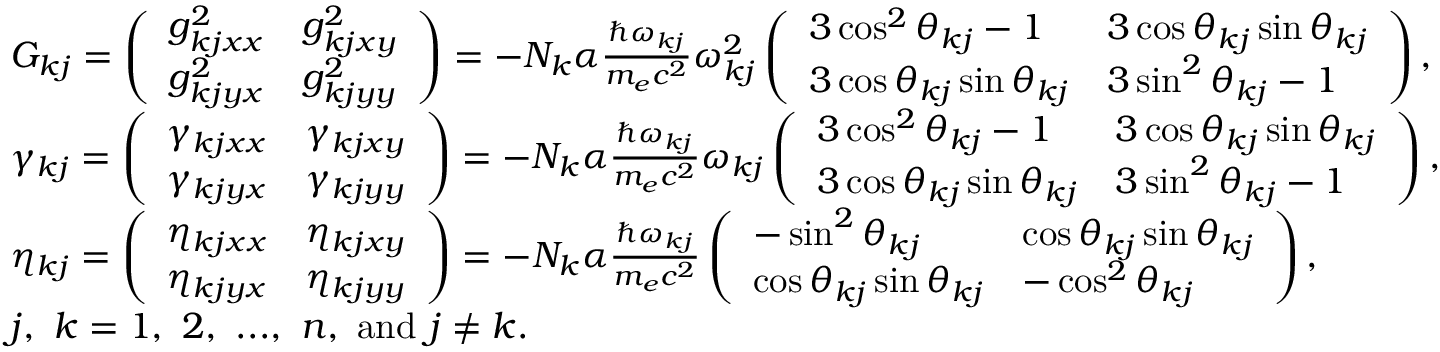
\centering \begin{array} { r l } & { G _ { k j } = \left( \begin{array} { l l } { g _ { k j x x } ^ { 2 } } & { g _ { k j x y } ^ { 2 } } \\ { g _ { k j y x } ^ { 2 } } & { g _ { k j y y } ^ { 2 } } \end{array} \right) = - N _ { k } \alpha \frac { \hbar \omega _ { k j } } { m _ { e } c ^ { 2 } } \omega _ { k j } ^ { 2 } \left( \begin{array} { l l } { 3 \cos ^ { 2 } \theta _ { k j } - 1 } & { 3 \cos \theta _ { k j } \sin \theta _ { k j } } \\ { 3 \cos \theta _ { k j } \sin \theta _ { k j } } & { 3 \sin ^ { 2 } \theta _ { k j } - 1 } \end{array} \right) , } \\ & { \gamma _ { k j } = \left( \begin{array} { l l } { \gamma _ { k j x x } } & { \gamma _ { k j x y } } \\ { \gamma _ { k j y x } } & { \gamma _ { k j y y } } \end{array} \right) = - N _ { k } \alpha \frac { \hbar \omega _ { k j } } { m _ { e } c ^ { 2 } } \omega _ { k j } \left( \begin{array} { l l } { 3 \cos ^ { 2 } \theta _ { k j } - 1 } & { 3 \cos \theta _ { k j } \sin \theta _ { k j } } \\ { 3 \cos \theta _ { k j } \sin \theta _ { k j } } & { 3 \sin ^ { 2 } \theta _ { k j } - 1 } \end{array} \right) , } \\ & { \eta _ { k j } = \left( \begin{array} { l l } { \eta _ { k j x x } } & { \eta _ { k j x y } } \\ { \eta _ { k j y x } } & { \eta _ { k j y y } } \end{array} \right) = - N _ { k } \alpha \frac { \hbar \omega _ { k j } } { m _ { e } c ^ { 2 } } \left( \begin{array} { l l } { - \sin ^ { 2 } \theta _ { k j } } & { \cos \theta _ { k j } \sin \theta _ { k j } } \\ { \cos \theta _ { k j } \sin \theta _ { k j } } & { - \cos ^ { 2 } \theta _ { k j } } \end{array} \right) , } \\ & { j , ~ k = 1 , ~ 2 , ~ . . . , ~ n , ~ \mathrm { a n d } ~ j \neq k . } \end{array}